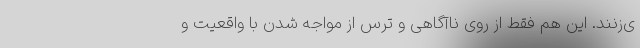
ی‌زنند. این هم فقط از روی ناآگاهی و ترس از مواجه شدن با واقعیت و